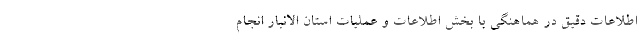
اطلاعات دقیق در هماهنگی با بخش اطلاعات و عملیات استان الانبار انجام